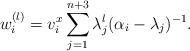
LaTeX: \begin{align*}w^{(l)}_i=v^{x}_i\sum_{j=1}^{n+3}\lambda_j^l(\alpha_i-\lambda_j)^{-1}.\end{align*}